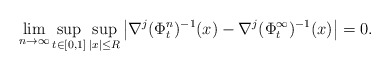
\begin{align*}\lim_{n\to\infty}\sup_{t\in[0,1]}\sup_{|x|\leq R}\left| \nabla^j (\Phi^{n}_t)^{-1} (x)-\nabla^j (\Phi^{\infty}_t)^{-1}(x) \right|=0.\end{align*}